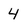
Character: 4